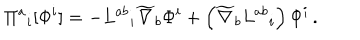
\Pi ^ { a } { } _ { i } [ \Phi ^ { i } ] = - L ^ { a b } { } _ { i } \widetilde { \nabla } _ { b } \Phi ^ { i } + \left( \widetilde { \nabla } _ { b } L ^ { a b } { } _ { i } \right) \Phi ^ { i } \, .